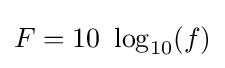
F=10\ \log _{10}(f)